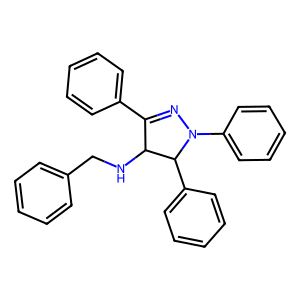
SMILES: c1ccc(CNC2C(c3ccccc3)=NN(c3ccccc3)C2c2ccccc2)cc1
Inhibits HIV replication: No